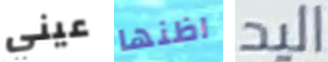
عيني اظنها اليد